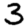
Digit: 3